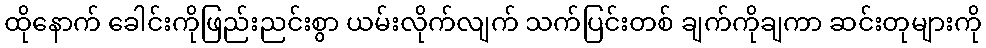
ထိုနောက် ခေါင်းကိုဖြည်းညင်းစွာ ယမ်းလိုက်လျက် သက်ပြင်းတစ် ချက်ကိုချကာ ဆင်းတုများကို